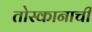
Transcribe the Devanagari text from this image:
तोस्कानाची